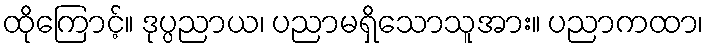
ထိုကြောင့်။ ဒုပ္ပညာယ၊ ပညာမရှိသောသူအား။ ပညာကထာ၊